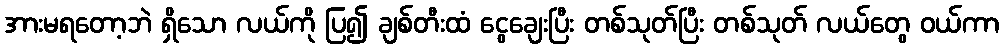
အားမရတော့ဘဲ ရှိသော လယ်ကို ပြ၍ ချစ်တီးထံ ငွေချေးပြီး တစ်သုတ်ပြီး တစ်သုတ် လယ်တွေ ဝယ်ကာ